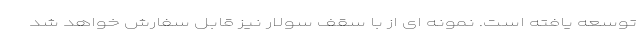
توسعه یافته است. نمونه ای از با سقف سولار نیز قابل سفارش خواهد شد